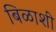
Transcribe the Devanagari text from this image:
बिळाशी